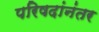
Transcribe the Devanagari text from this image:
परिषदांनंतर